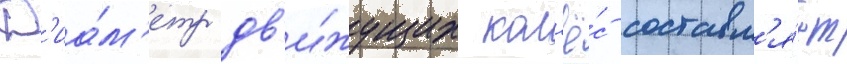
Д'иа́м'етр дв'и́жущих кол'ё́с составл'я́ет